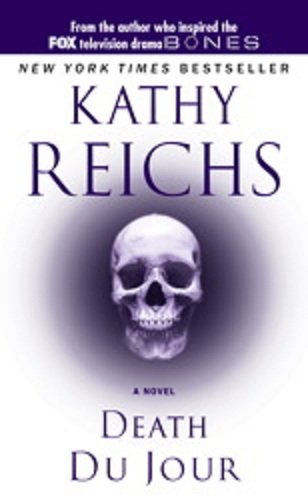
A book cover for Death du Jour (Temperance Brennan Novels); Kathy Reichs; Literature & Fiction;